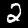
Digit: 2